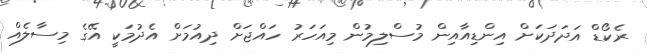
ރެކޯޑް އަދަދަކަށް އިންޑިއާއިން މުސްލިމުން މިއަހަރު ހައްޖަށް ދިއުމަށް އެދުމަކީ އޭގެ މިސާލެއް